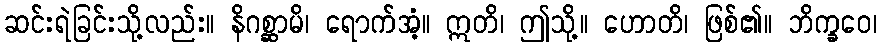
ဆင်းရဲခြင်းသို့လည်း။ နိဂစ္ဆာမိ၊ ရောက်အံ့။ ဣတိ၊ ဤသို့။ ဟောတိ၊ ဖြစ်၏။ ဘိက္ခဝေ၊